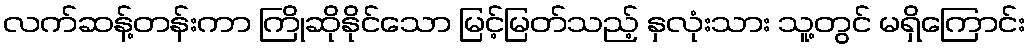
လက်ဆန့်တန်းကာ ကြိုဆိုနိုင်သော မြင့်မြတ်သည့် နှလုံးသား သူ့တွင် မရှိကြောင်း